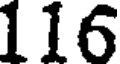
116